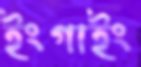
ইংগাইং